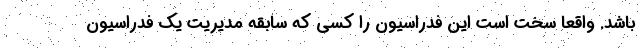
باشد. واقعاٌ سخت است این فدراسیون را کسی که سابقه مدیریت یک فدراسیون